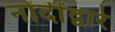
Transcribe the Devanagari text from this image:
नोंदींद्वारे